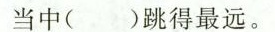
当中（）跳得最远。